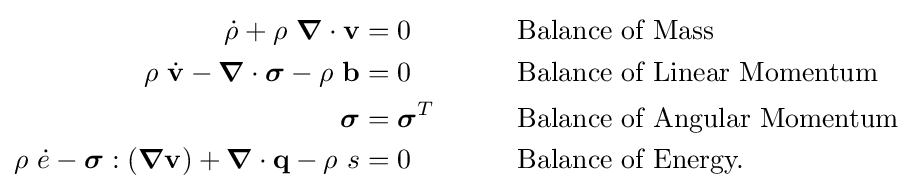
{\begin{aligned}{\dot {\rho }}+\rho ~{\boldsymbol {\nabla }}\cdot \mathbf {v} &=0&&\qquad {\text{Balance of Mass}}\\\rho ~{\dot {\mathbf {v} }}-{\boldsymbol {\nabla }}\cdot {\boldsymbol {\sigma }}-\rho ~\mathbf {b} &=0&&\qquad {\text{Balance of Linear Momentum}}\\{\boldsymbol {\sigma }}&={\boldsymbol {\sigma }}^{T}&&\qquad {\text{Balance of Angular Momentum}}\\\rho ~{\dot {e}}-{\boldsymbol {\sigma }}:({\boldsymbol {\nabla }}\mathbf {v} )+{\boldsymbol {\nabla }}\cdot \mathbf {q} -\rho ~s&=0&&\qquad {\text{Balance of Energy.}}\end{aligned}}